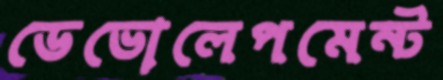
ডেভোলেপমেন্ট